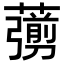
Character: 𦿶